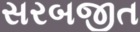
સરબજીત